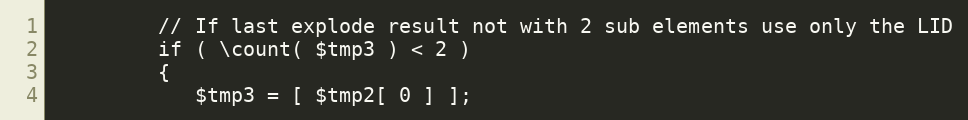
Language: PHP
         // If last explode result not with 2 sub elements use only the LID
         if ( \count( $tmp3 ) < 2 )
         {
            $tmp3 = [ $tmp2[ 0 ] ];